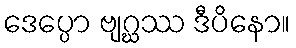
ဒေပ္ပော ဗျဂ္ဃဿ ဒီပိနော။